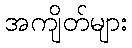
အကျိတ်များ